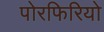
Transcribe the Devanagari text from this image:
पोरफिरियो